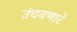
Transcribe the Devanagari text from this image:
उंचवणारे